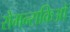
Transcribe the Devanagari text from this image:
रोमन्सकिओ